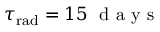
\tau _ { \mathrm { r a d } } = 1 5 ~ \mathrm { ~ d ~ a ~ y ~ s ~ }